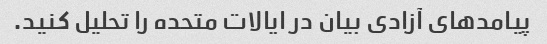
پیامدهای آزادی بیان در ایالات متحده را تحلیل کنید.